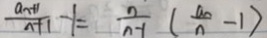
\frac { a _ { n } + 1 } { n + 1 } - 1 = \frac { n } { n - 1 } ( \frac { a _ { n } } { n } - 1 )